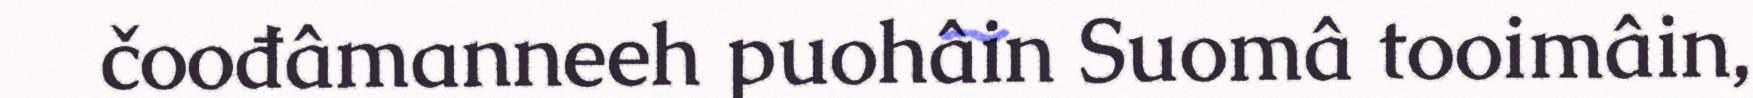
čoođâmanneeh puohâin Suomâ tooimâin,